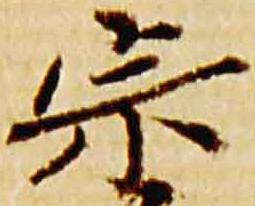
宗